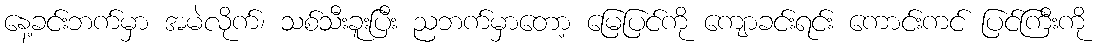
နေ့ခင်းဘက်မှာ အမဲလိုက်၊ သစ်သီးခူးပြီး ညဘက်မှာတော့ မြေပြင်ကို ကျောခင်းရင်း ကောင်းကင် ပြင်ကြီးကို